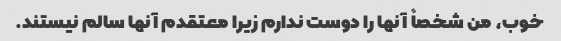
خوب، من شخصاً آنها را دوست ندارم زیرا معتقدم آنها سالم نیستند.